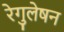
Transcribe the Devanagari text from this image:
रेगुलेषन